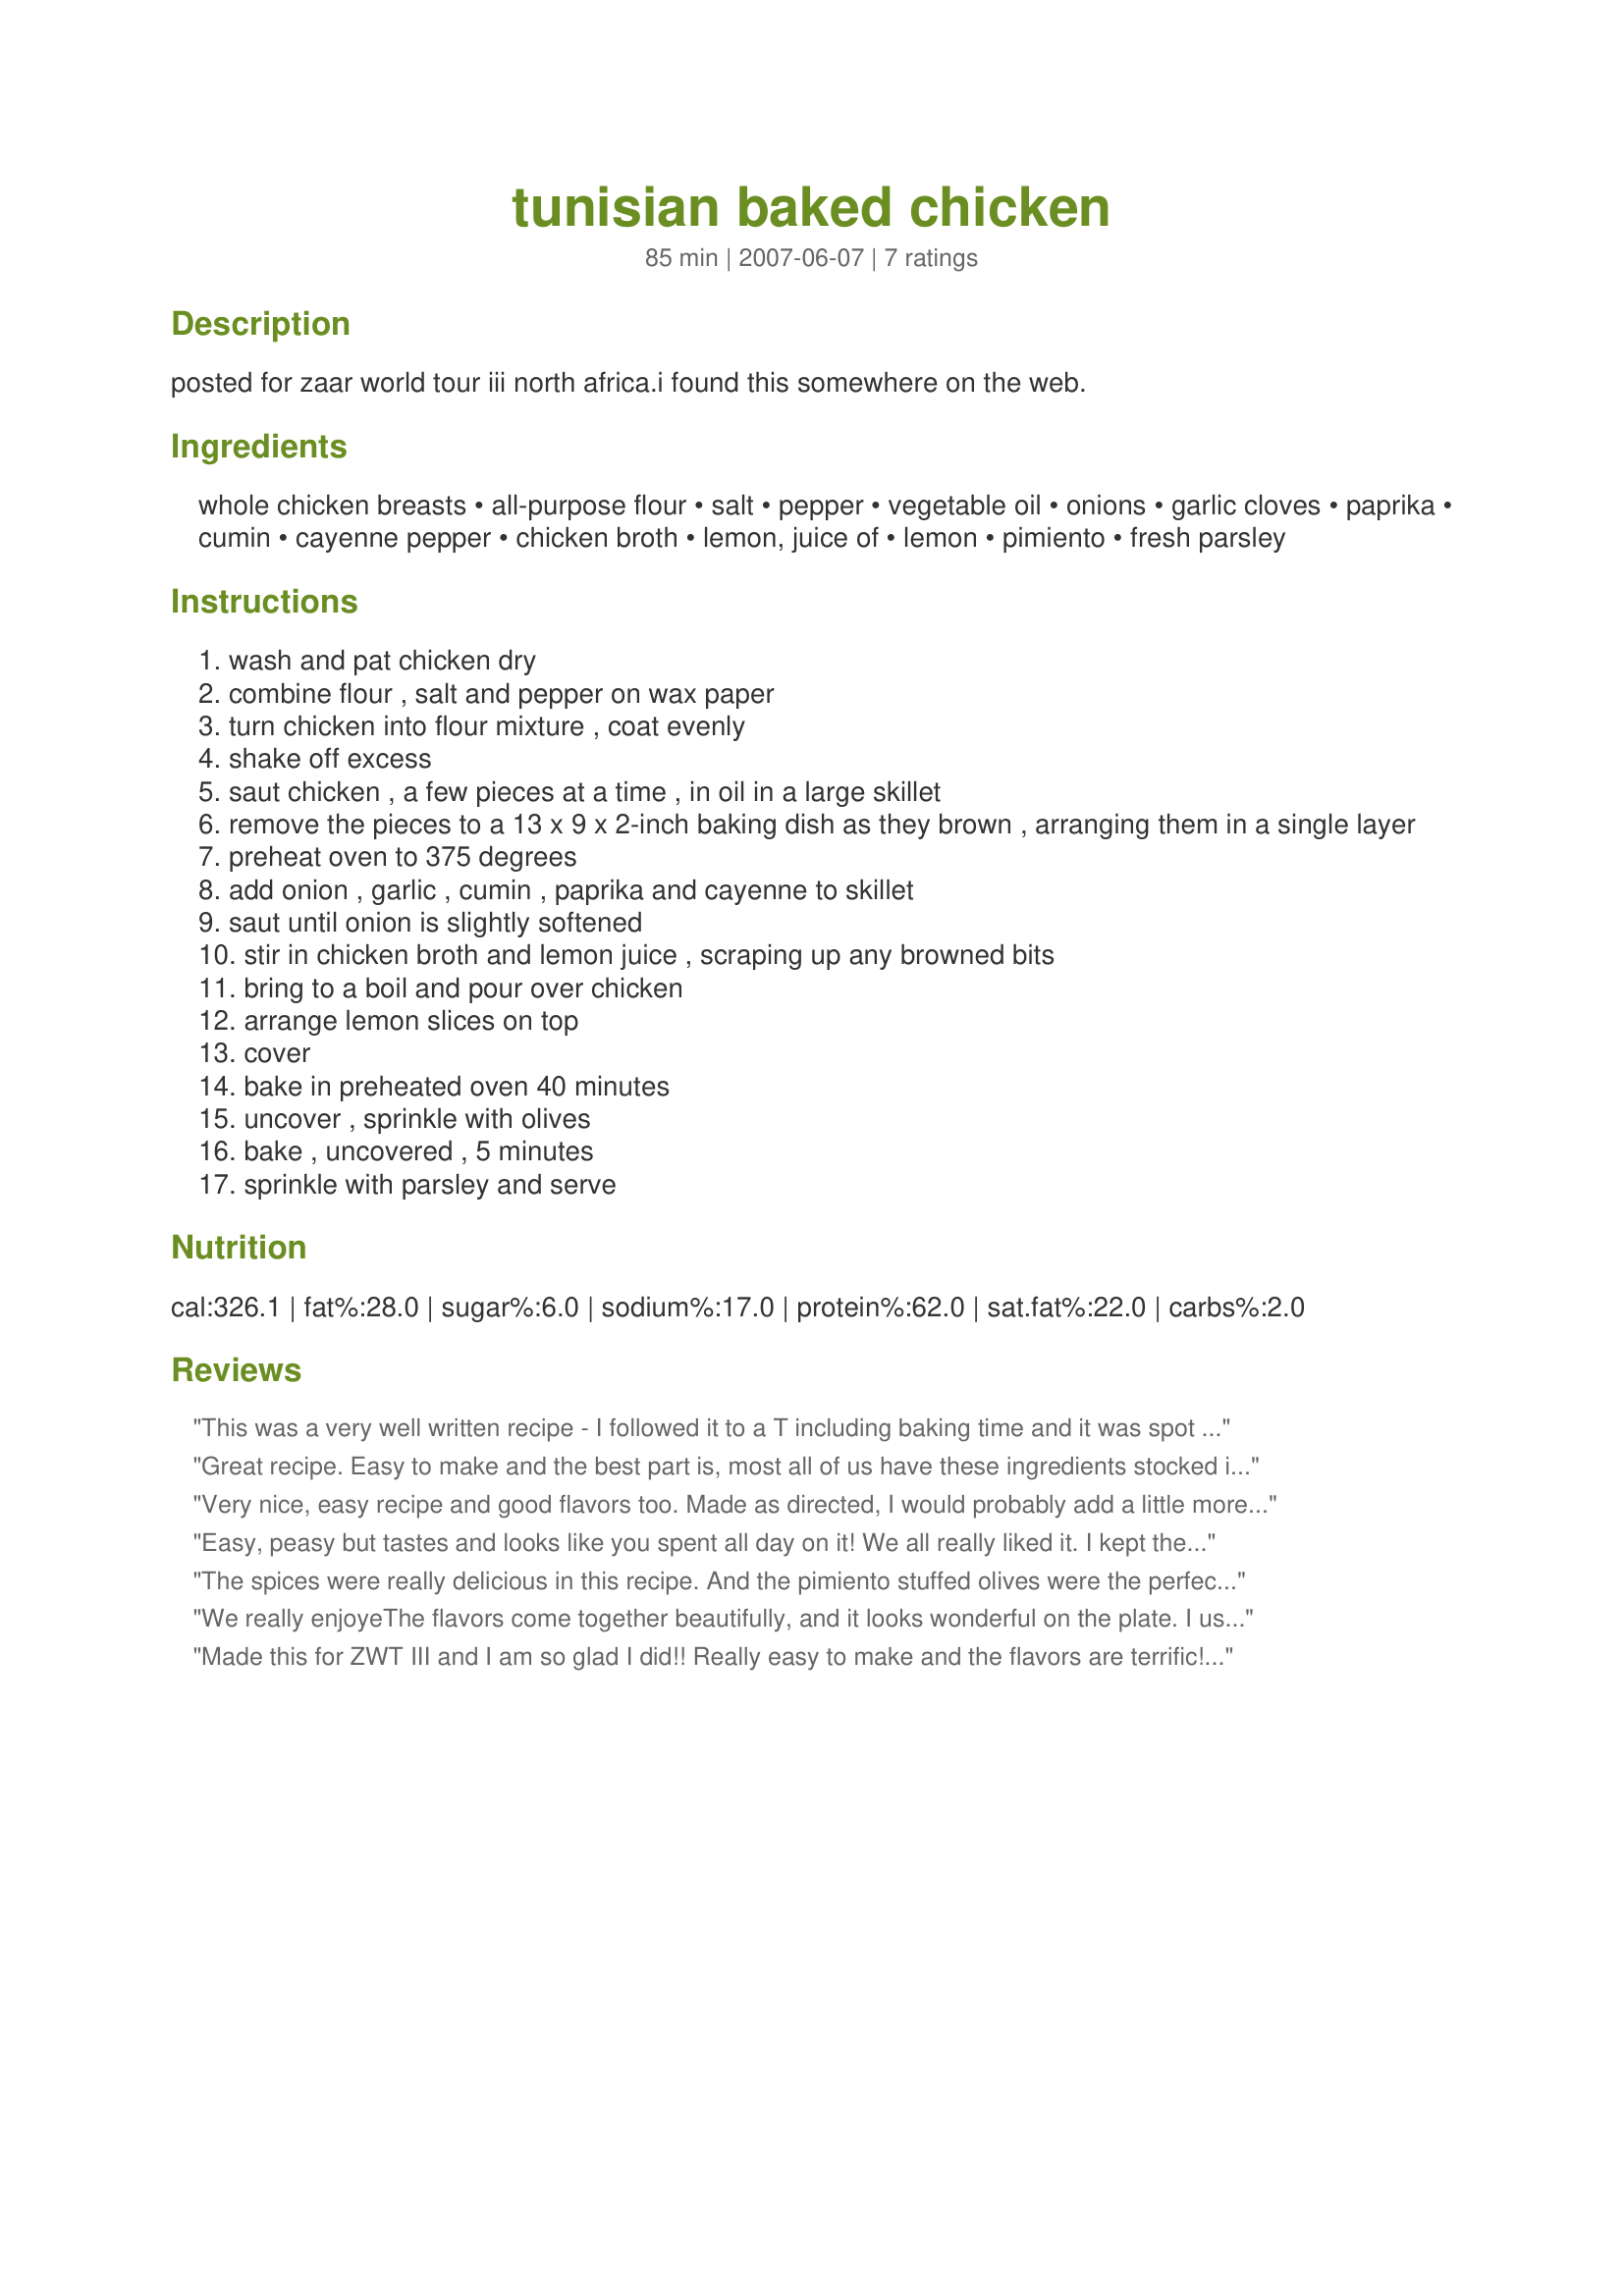
tunisian baked chicken
Preparation time: 85 minutes

posted for zaar world tour iii north africa.i found this somewhere on the web.

Ingredients:
whole chicken breasts, all-purpose flour, salt, pepper, vegetable oil, onions, garlic cloves, paprika, cumin, cayenne pepper, chicken broth, lemon, juice of, lemon, pimiento, fresh parsley

Steps:
wash and pat chicken dry
combine flour , salt and pepper on wax paper
turn chicken into flour mixture , coat evenly
shake off excess
saut chicken , a few pieces at a time , in oil in a large skillet
remove the pieces to a 13 x 9 x 2-inch baking dish as they brown , arranging them in a single layer
preheat oven to 375 degrees
add onion , garlic , cumin , paprika and cayenne to skillet
saut until onion is slightly softened
stir in chicken broth and lemon juice , scraping up any browned bits
bring to a boil and pour over chicken
arrange lemon slices on top
cover
bake in preheated oven 40 minutes
uncover , sprinkle with olives
bake , uncovered , 5 minutes
sprinkle with parsley and serve

Reviews:
This was a very well written recipe - I followed it to a T including baking time and it was spot on. I probably added more than a pinch of cayenne as I like things spicy. The presentation wowed my husband - it really does look fantastic. I served it with steamed green beans and lemon garlic couscous. Will make again - but will probably use thighs as I prefer the juicy flavor of dark meat. Thanks!
Great recipe. Easy to make and the best part is, most all of us have these ingredients stocked in our pantry already. My only item I didn't have was the pimento stuffed olives, but usually I do have them, and the recipe works just fine without them. Thanks for the great recipe.
Very nice, easy recipe and good flavors too. Made as directed, I would probably add a little more cayenne for personal preference, but really nice. 
ZWT3
Easy, peasy but tastes and looks like you spent all day on it! We all really liked it. I kept the olives on my portion as the others don't care for them. AND they were awesome in this dish. There was only one point of confusion, on the ingredient list there is no cumin but in the directions it lists adding cumin. I can see myself making this again. Thanks for sharing your recipe. Made for ZWT - X-tra Hot Dishes.
The spices were really delicious in this recipe. And the pimiento stuffed olives were the perfect topper because they contributed such a lovely quality to the entire dish. But my chicken didn't stay very moist, and I think next time I'd like to use thinner chicken breasts and perhaps marinate the chicken for a few hours so the seasonings develop a little more deeply. But an all-around delicious dish. Thanks, cookiedog. Made for Zaar World Tour #6 (for the Seasoned Sailor and his Sassy Sirens team).
We really enjoyeThe flavors come together beautifully, and it looks wonderful on the plate. I used chicken thighs, as that's what I had on hand. I had two small issues with this recipe- first, you didn't give an amount for the olives, so I just guessed based on the pictures that were posted. Second, you mention cumin in the directions, but it isn't listed in the ingredients- I used 1/2 teaspoon for a half recipe. Thanks for a very nice dinner. Made for ZWT6.
Made this for ZWT III and I am so glad I did!! Really easy to make and the flavors are terrific!! I used both breasts and thighs since I have dark meat eaters too and everything went together just right!! Thanks cookiedog!!
